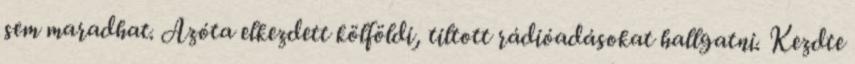
sem maradhat. Azóta elkezdett kölföldi, tiltott rádióadásokat hallgatni. Kezdte